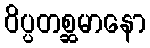
ဝိပ္ပတစ္ဆမာနော